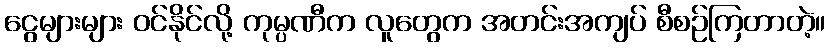
ငွေများများ ဝင်နိုင်လို့ ကုမ္ပဏီက လူတွေက အတင်းအကျပ် စီစဉ်ကြတာတဲ့။